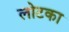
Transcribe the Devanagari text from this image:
लोटका